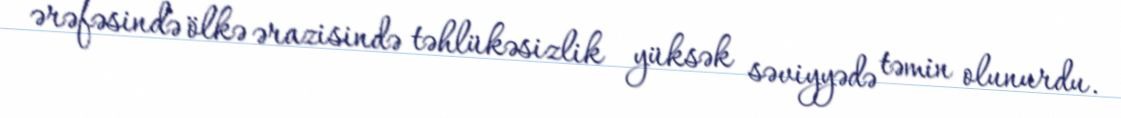
ərəfəsində ölkə ərazisində təhlükəsizlik yüksək səviyyədə təmin olunurdu.